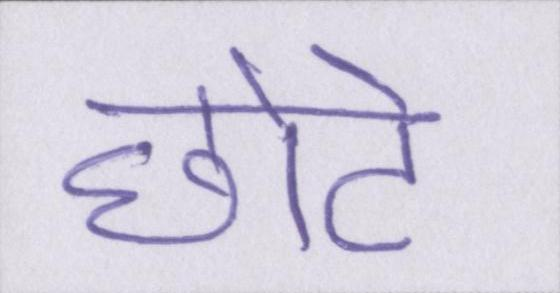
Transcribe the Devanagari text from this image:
छोटे